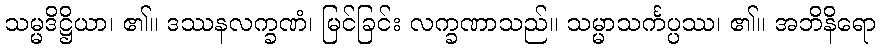
သမ္မဒိဋ္ဌိယာ၊ ၏။ ဒဿနလက္ခဏံ၊ မြင်ခြင်း လက္ခဏာသည်။ သမ္မာသင်္ကပ္ပဿ၊ ၏။ အဘိနိရော